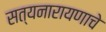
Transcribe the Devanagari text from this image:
सत्यनारायणाचे